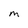
Character: M